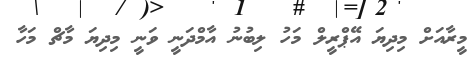
މީރާއަށް މިދިޔަ އޭޕްރީލް މަހު ލިބުނު އާމްދަނީ ވަނީ މިދިޔަ މާޗް މަހާ